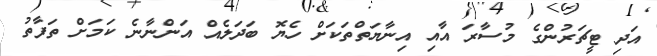
އަދި ޓީޗަރުންގެ މުސާރަ އާއި އިނާޔަތްތަކަށް ހެޔޮ ބަދަލެއް އަންނާނެ ކަމަށް ތަފާތު